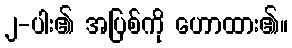
၂-ပါး၏ အပြစ်ကို ဟောထား၏။